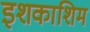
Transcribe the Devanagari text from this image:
इशकाशिम